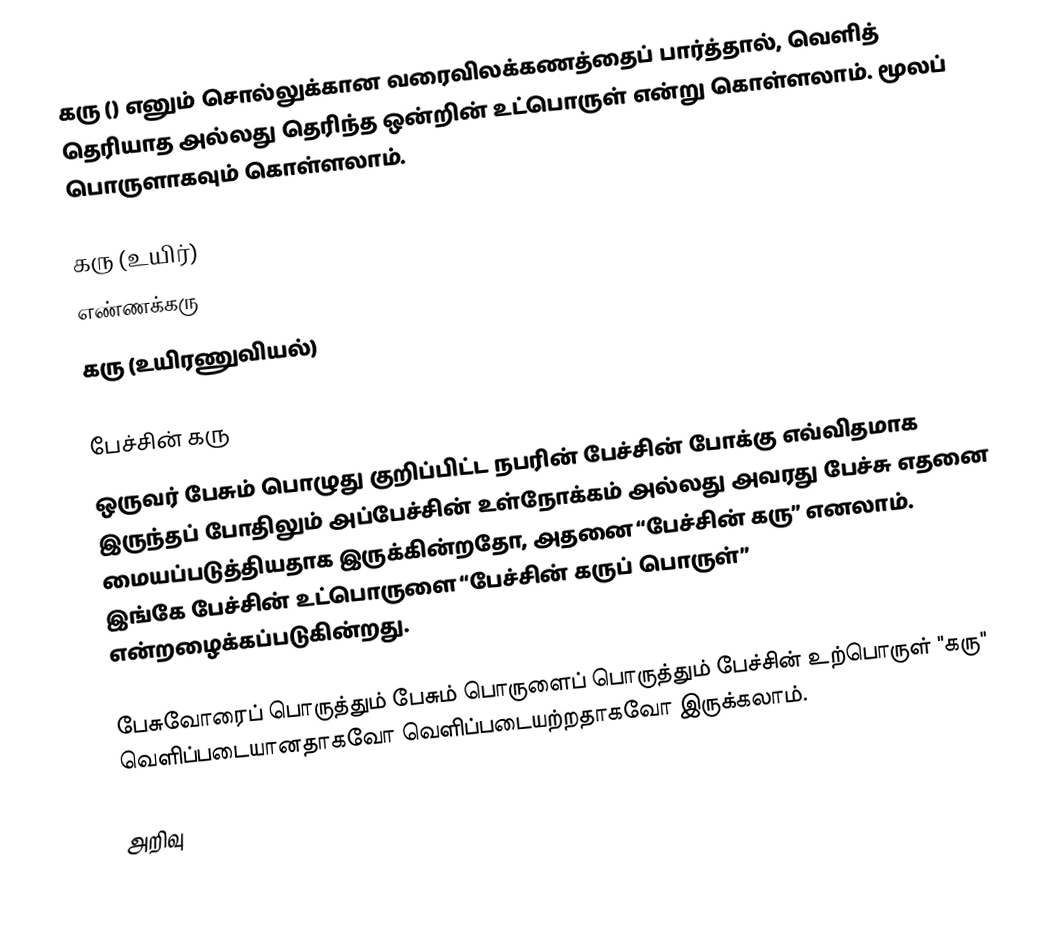
கரு () எனும் சொல்லுக்கான வரைவிலக்கணத்தைப் பார்த்தால், வெளித் தெரியாத அல்லது தெரிந்த ஒன்றின் உட்பொருள் என்று கொள்ளலாம். மூலப் பொருளாகவும் கொள்ளலாம்.

 கரு (உயிர்)
 எண்ணக்கரு
 கரு (உயிரணுவியல்)

பேச்சின் கரு
ஒருவர் பேசும் பொழுது குறிப்பிட்ட நபரின் பேச்சின் போக்கு எவ்விதமாக இருந்தப் போதிலும் அப்பேச்சின் உள்நோக்கம் அல்லது அவரது பேச்சு எதனை மையப்படுத்தியதாக இருக்கின்றதோ, அதனை “பேச்சின் கரு” எனலாம். இங்கே பேச்சின் உட்பொருளை “பேச்சின் கருப் பொருள்” என்றழைக்கப்படுகின்றது.

பேசுவோரைப் பொருத்தும் பேசும் பொருளைப் பொருத்தும் பேச்சின் உற்பொருள் "கரு" வெளிப்படையானதாகவோ வெளிப்படையற்றதாகவோ இருக்கலாம்.

அறிவு